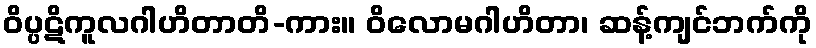
ဝိပ္ပဋိကူလဂါဟိတာတိ-ကား။ ဝိလောမဂါဟိတာ၊ ဆန့်ကျင်ဘက်ကို